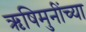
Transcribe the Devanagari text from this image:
ऋषिमुनींच्या